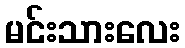
မင်းသားလေး